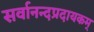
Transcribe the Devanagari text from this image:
सर्वानन्दप्रदायकम्